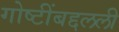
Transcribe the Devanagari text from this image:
गोष्टींबद्दलली